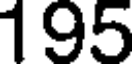
195